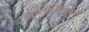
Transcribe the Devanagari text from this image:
न्यूमोकोक्की